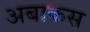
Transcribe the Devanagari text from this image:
अबाकस